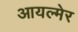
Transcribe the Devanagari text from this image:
आयल्मेर